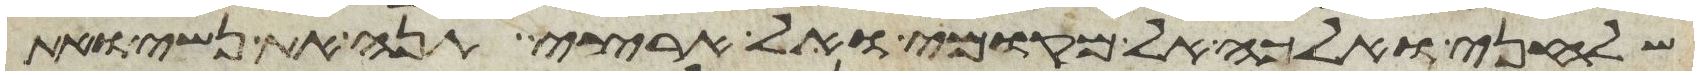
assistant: שלחני ואלכה אל מקומי ואל ארצי תנה את נשי ואת